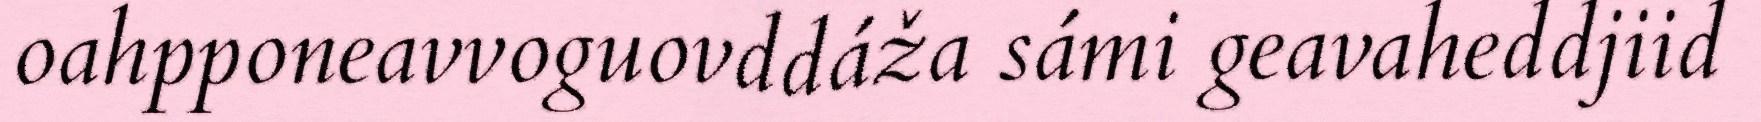
oahpponeavvoguovddáža sámi geavaheddjiid